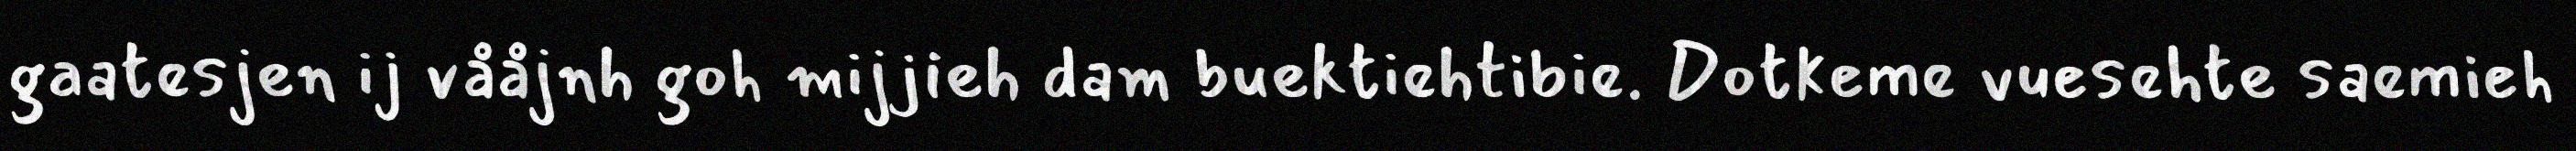
gaatesjen ij vååjnh goh mijjieh dam buektiehtibie. Dotkeme vuesehte saemieh